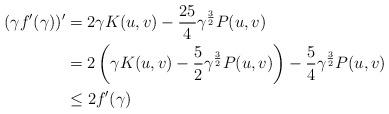
LaTeX: \begin{align*} (\gamma f'(\gamma))' &= 2\gamma K(u,v) - \frac{25}{4} \gamma^{\frac{3}{2}} P(u,v) \\&= 2 \left(\gamma K(u,v) - \frac{5}{2} \gamma^{\frac{3}{2}} P(u,v) \right) - \frac{5}{4} \gamma^{\frac{3}{2}} P(u,v) \\&\leq 2f'(\gamma)\end{align*}